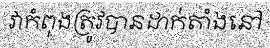
វាកំពុងត្រូវបានដាក់តាំងនៅ